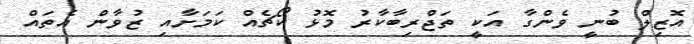
އޮޒިލް ބުނީ ވެންގާ އަކީ ތަޖްރިބާކާރު މޮޅު ކޯޗެއް ކަމަށާއި ޒުވާން އެތައް